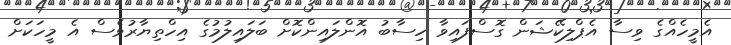
އެމީހެއްގެ ވިސާ އެޕްލިކޭޝަން ގޮސްފައިވާ ހިސާބު އޮންލައިންކޮށް ބަލައިލުމުގެ އިހްތިޔާރުވެސް އެ މީހަކަށް